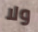
ولا